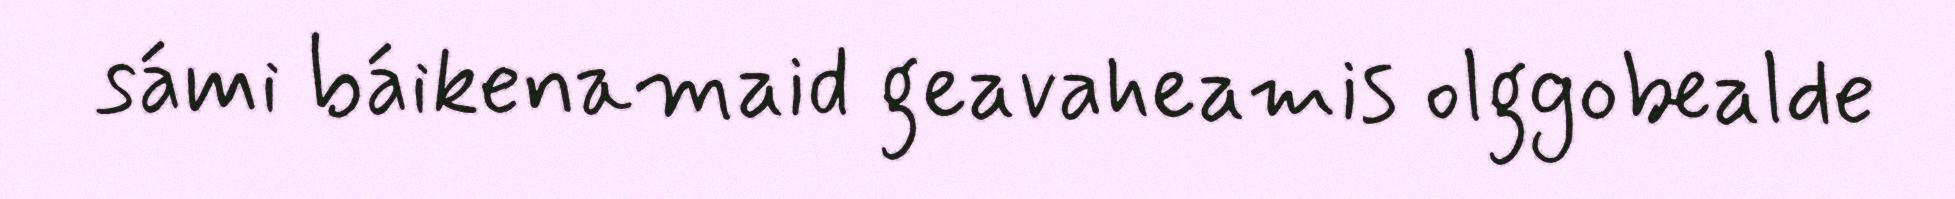
sámi báikenamaid geavaheamis olggobealde